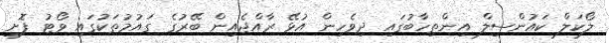
ލޯކަލް ކައުންސިލް އިންތިހާބުގައި ދިވެހިން އުޅޭ ރާއްޖެއިން ބޭރުގެ ގައުމުތަކުގައި ވޯޓު ފޮށި